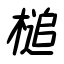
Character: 槌